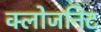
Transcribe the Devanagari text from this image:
क्लोजनिट